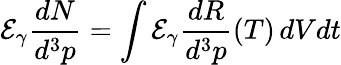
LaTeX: \mathcal{E}_{\gamma}\frac{{dN}}{{d^{3}p}}=\int\mathcal{E}_{\gamma}\frac{{dR}}{{d^{3}p}}(T)\, dVdt